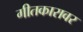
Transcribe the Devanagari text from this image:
गीतकारावर